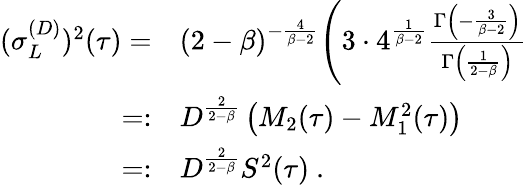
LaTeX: \begin{array}{rl}{(\sigma_{L}^{(D)})^{2}(\tau)=}&{{}(2-\beta)^{-\frac{4}{\beta-2}}\Bigg(3\cdot 4^{\frac{1}{\beta-2}}\frac{\Gamma\left(-\frac{3}{\beta-2}\right)}{\Gamma\left(\frac{1}{2-\beta}\right)}}\\ {=:}&{{}D^{\frac{2}{2-\beta}}\left(M_{2}(\tau)-M_{1}^{2}(\tau)\right)}\\ {=:}&{{}D^{\frac{2}{2-\beta}}S^{2}(\tau)\ .}\end{array}